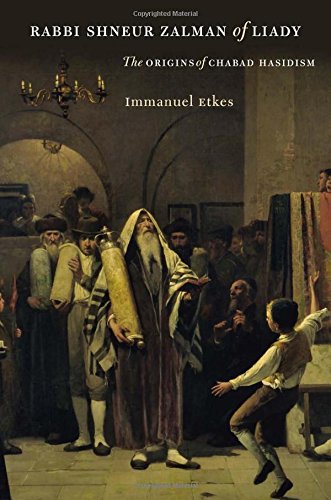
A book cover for Rabbi Shneur Zalman of Liady: The Origins of Chabad Hasidism (The Tauber Institute Series for the Study of European Jewry); Immanuel Etkes; Religion & Spirituality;